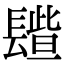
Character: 𨲦